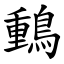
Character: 䳯